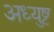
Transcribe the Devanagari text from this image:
अध्युष्ट